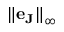
{ \| \mathbf { e } _ { \mathbf { J } } \| } _ { \infty }